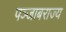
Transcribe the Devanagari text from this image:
पञ्जाबराज्य